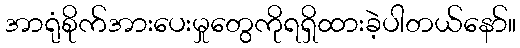
အာရုံစိုက်အားပေးမှုတွေကိုရရှိထားခဲ့ပါတယ်နော်။